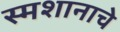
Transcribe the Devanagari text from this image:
स्मशानाचे